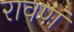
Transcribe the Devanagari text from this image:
रावणं